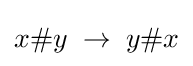
x\#y\;\to \;y\#x